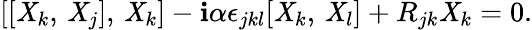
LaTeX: [[\mathit{X}_{k},\, \mathit{X}_{j}],\, \mathit{X}_{k}]-\mathbf{i}\alpha\epsilon_{jkl}[\mathit{X}_{k},\, \mathit{X}_{l}]+R_{jk}\mathit{X}_{k}=0.